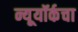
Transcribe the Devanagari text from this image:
न्यूयॉर्कचा